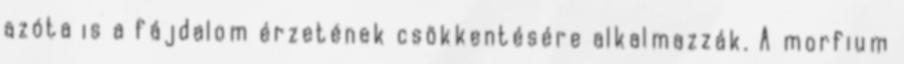
azóta is a fájdalom érzetének csökkentésére alkalmazzák. A morfium